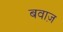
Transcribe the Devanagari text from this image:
बवाज़